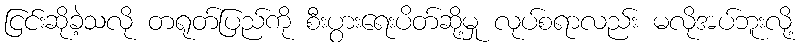
ငြင်းဆိုခဲ့သလို တရုတ်ပြည်ကို စီးပွားရေးပိတ်ဆို့မှု လုပ်စရာလည်း မလိုအပ်ဘူးလို့